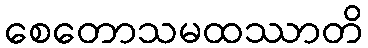
စေတောသမထဿာတိ